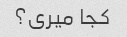
کجا میری؟